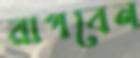
রাগবেন